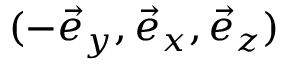
( - \vec { e } _ { y } , \vec { e } _ { x } , \vec { e } _ { z } )